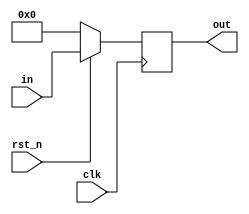
module PC(
    clk,
    rst_n,
    in,
    out
);

input   clk, rst_n;
input   [29:0] in;
output  reg [29:0] out;

always@(posedge clk)begin
    if (rst_n==0) begin
        out <= 0;
    end
    else begin
        out <= in;
    end
end

endmodule